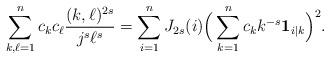
LaTeX: \begin{align*} \sum_{k,\ell =1}^n c_kc_\ell \frac{(k,\ell)^{2s}}{j^s \ell^s}=\sum_ {i=1}^n J_{2s}(i)\Big( \sum_{k=1}^n c_k k^{-s} {\bf1}_{i|k} \Big)^2.\end{align*}